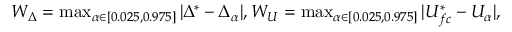
\begin{array} { r } { W _ { \Delta } = \operatorname* { m a x } _ { \alpha \in [ 0 . 0 2 5 , 0 . 9 7 5 ] } | \Delta ^ { * } - \Delta _ { \alpha } | , W _ { U } = \operatorname* { m a x } _ { \alpha \in [ 0 . 0 2 5 , 0 . 9 7 5 ] } | U _ { f c } ^ { * } - U _ { \alpha } | , } \end{array}